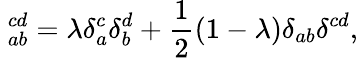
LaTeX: \ _{ab}^{cd}=\lambda\delta_{a}^{c}\delta_{b}^{d}+\frac{1}{2}(1-\lambda)\delta_{ab}\delta^{cd},